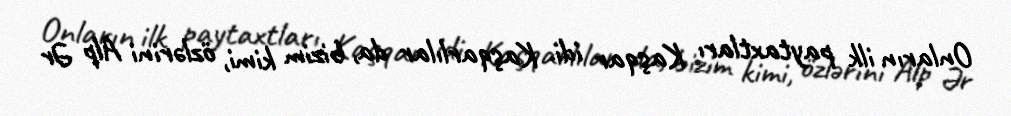
Onların ilk paytaxtları Kaşqar idi. Kaşqarlılar da, bizim kimi, özlərini Alp Ər